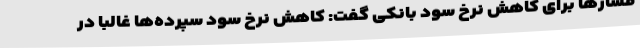
فشارها برای کاهش نرخ سود بانکی گفت: کاهش نرخ سود سپرده‌ها غالبا در